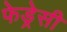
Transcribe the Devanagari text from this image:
फेड्रेसी